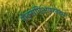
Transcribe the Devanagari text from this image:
शेक्सपिअयरवेड्या